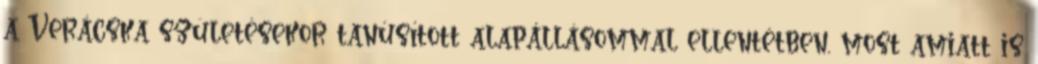
a Verácska születésekor tanúsított alapállásommal ellentétben, most amiatt is